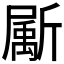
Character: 𣃁